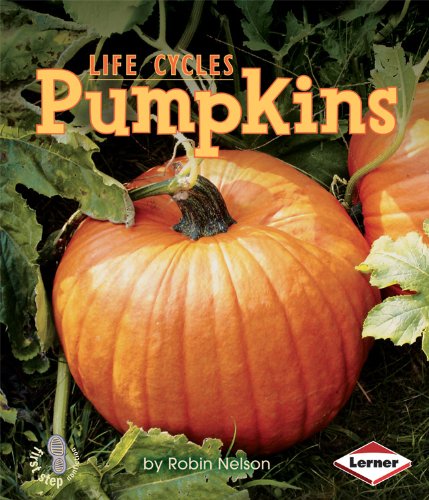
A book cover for Pumpkins (First Step Nonfiction: Plant Life Cycles); Robin Nelson; Children's Books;